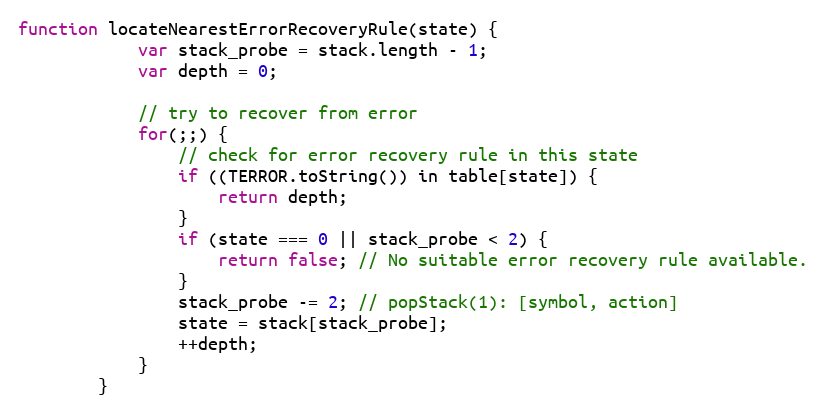
Language: JavaScript
function locateNearestErrorRecoveryRule(state) {
            var stack_probe = stack.length - 1;
            var depth = 0;

            // try to recover from error
            for(;;) {
                // check for error recovery rule in this state
                if ((TERROR.toString()) in table[state]) {
                    return depth;
                }
                if (state === 0 || stack_probe < 2) {
                    return false; // No suitable error recovery rule available.
                }
                stack_probe -= 2; // popStack(1): [symbol, action]
                state = stack[stack_probe];
                ++depth;
            }
        }